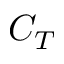
C _ { T }